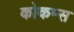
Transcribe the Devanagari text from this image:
कोकम्स